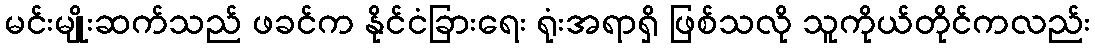
မင်းမျိုးဆက်သည် ဖခင်က နိုင်ငံခြားရေး ရုံးအရာရှိ ဖြစ်သလို သူကိုယ်တိုင်ကလည်း